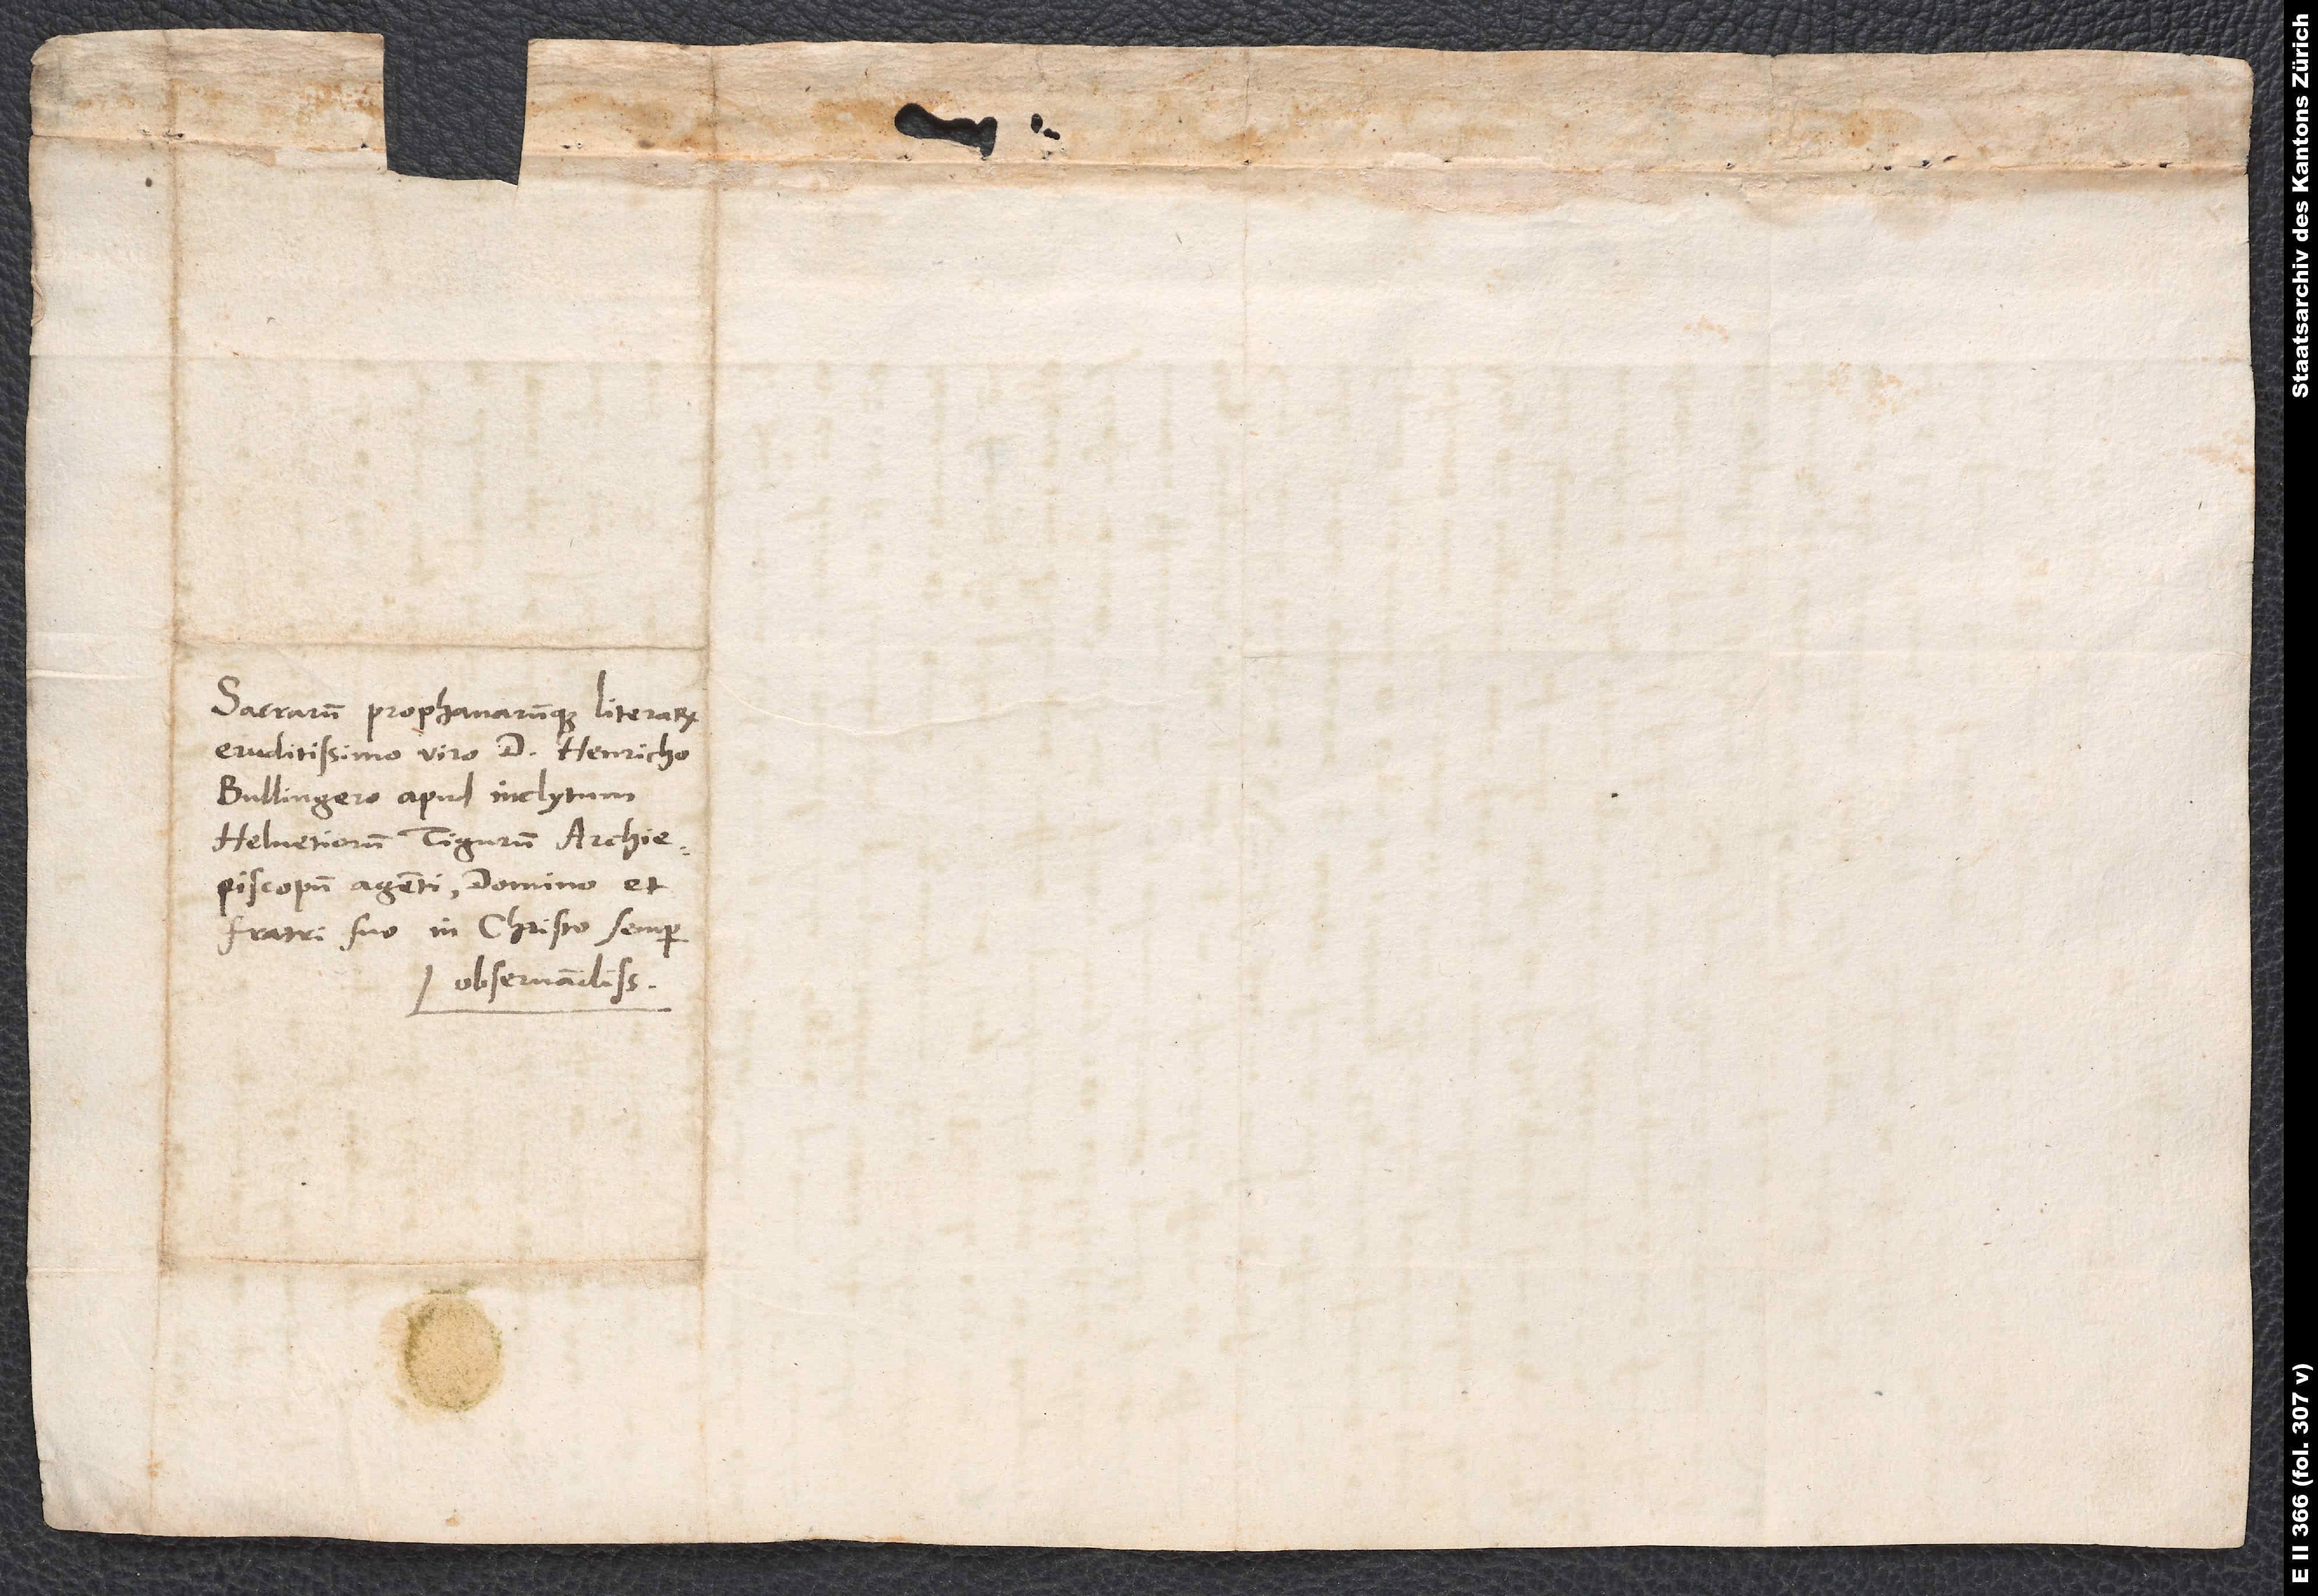
Sacrarum prophanarumque literarum
eruditissimo viro d. Henricho
Bullingero, apud inclytum
Helvetiorum Tigurum archiepiscopum
fratri suo in Christo semper
observandissimo.